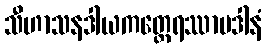
သီဟာသနဒါယကတ္ထေရဿာပဒါနံ